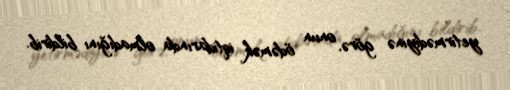
yetirmədiyinə görə, onun ödəmək iqtidarında olmadığını bildirib.